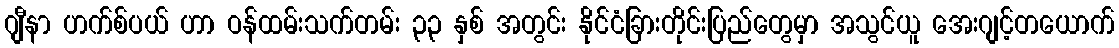
ဂျီနာ ဟက်စ်ပယ် ဟာ ဝန်ထမ်းသက်တမ်း ၃၃ နှစ် အတွင်း နိုင်ငံခြားတိုင်းပြည်တွေမှာ အသွင်ယူ အေးဂျင့်တယောက်